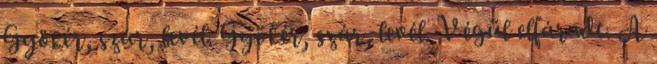
Gyökér, szár, levél. Gyökér, szár, levél. Végül elfáradt. A